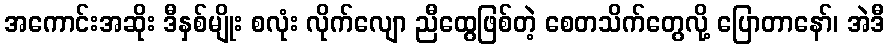
အကောင်းအဆိုး ဒီနှစ်မျိုး စလုံး လိုက်လျော ညီထွေဖြစ်တဲ့ စေတသိက်တွေလို့ ပြောတာနော်၊ အဲဒီ